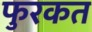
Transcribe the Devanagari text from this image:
फुरकत